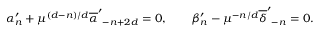
\alpha _ { n } ^ { \prime } + \mu ^ { ( d - n ) / d } { \overline { { \alpha } } ^ { \prime } } _ { - n + 2 d } = 0 , \qquad \beta _ { n } ^ { \prime } - \mu ^ { - n / d } { \overline { { \delta } } ^ { \prime } } _ { - n } = 0 .